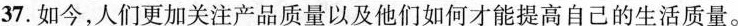
37. 如今,人们更加关注产品质量以及他们如何才能提高自己的生活质量。